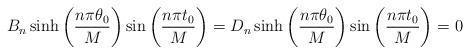
\begin{align*}\begin{aligned}B_n \sinh\left(\frac{n\pi\theta_0}{M}\right)\sin\left(\frac{n\pi t_0}{M}\right)=D_n \sinh\left(\frac{n\pi\theta_0}{M}\right)\sin\left(\frac{n\pi t_0}{M}\right)=0\end{aligned}\end{align*}